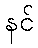
နင်